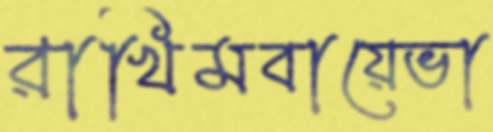
রাখিমবায়েভা